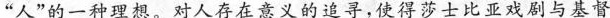
“人”的一种理想。对人存在意义的追寻，使得莎士比亚戏剧与基督